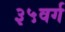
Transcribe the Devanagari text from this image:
३५वर्ग